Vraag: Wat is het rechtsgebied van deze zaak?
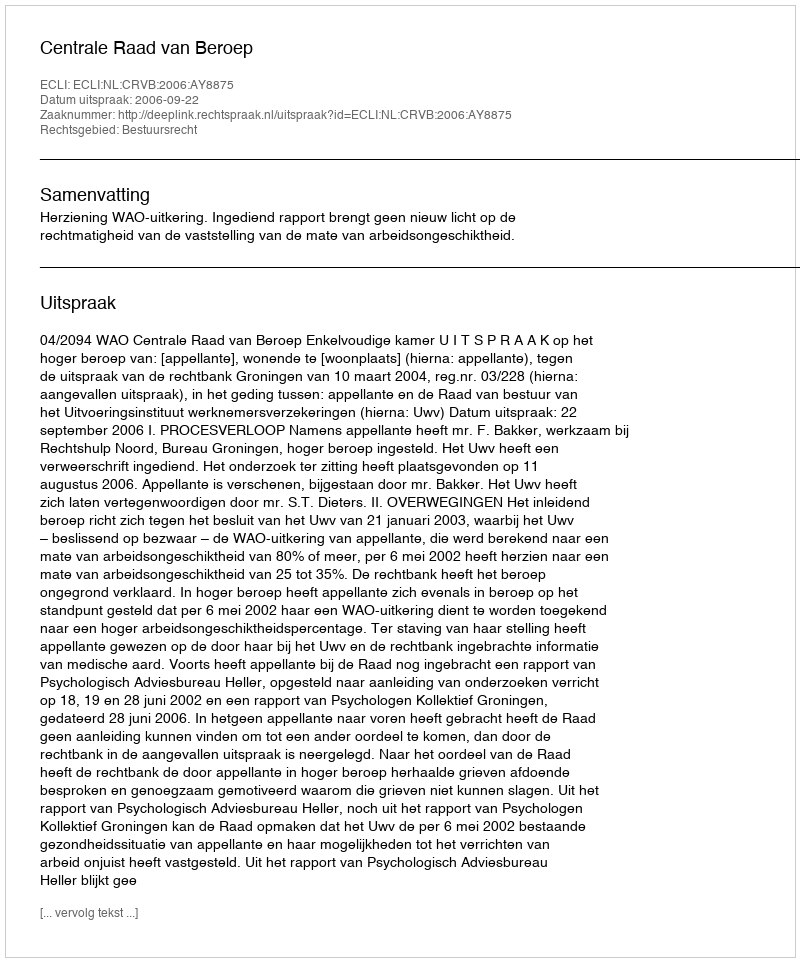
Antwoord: Bestuursrecht